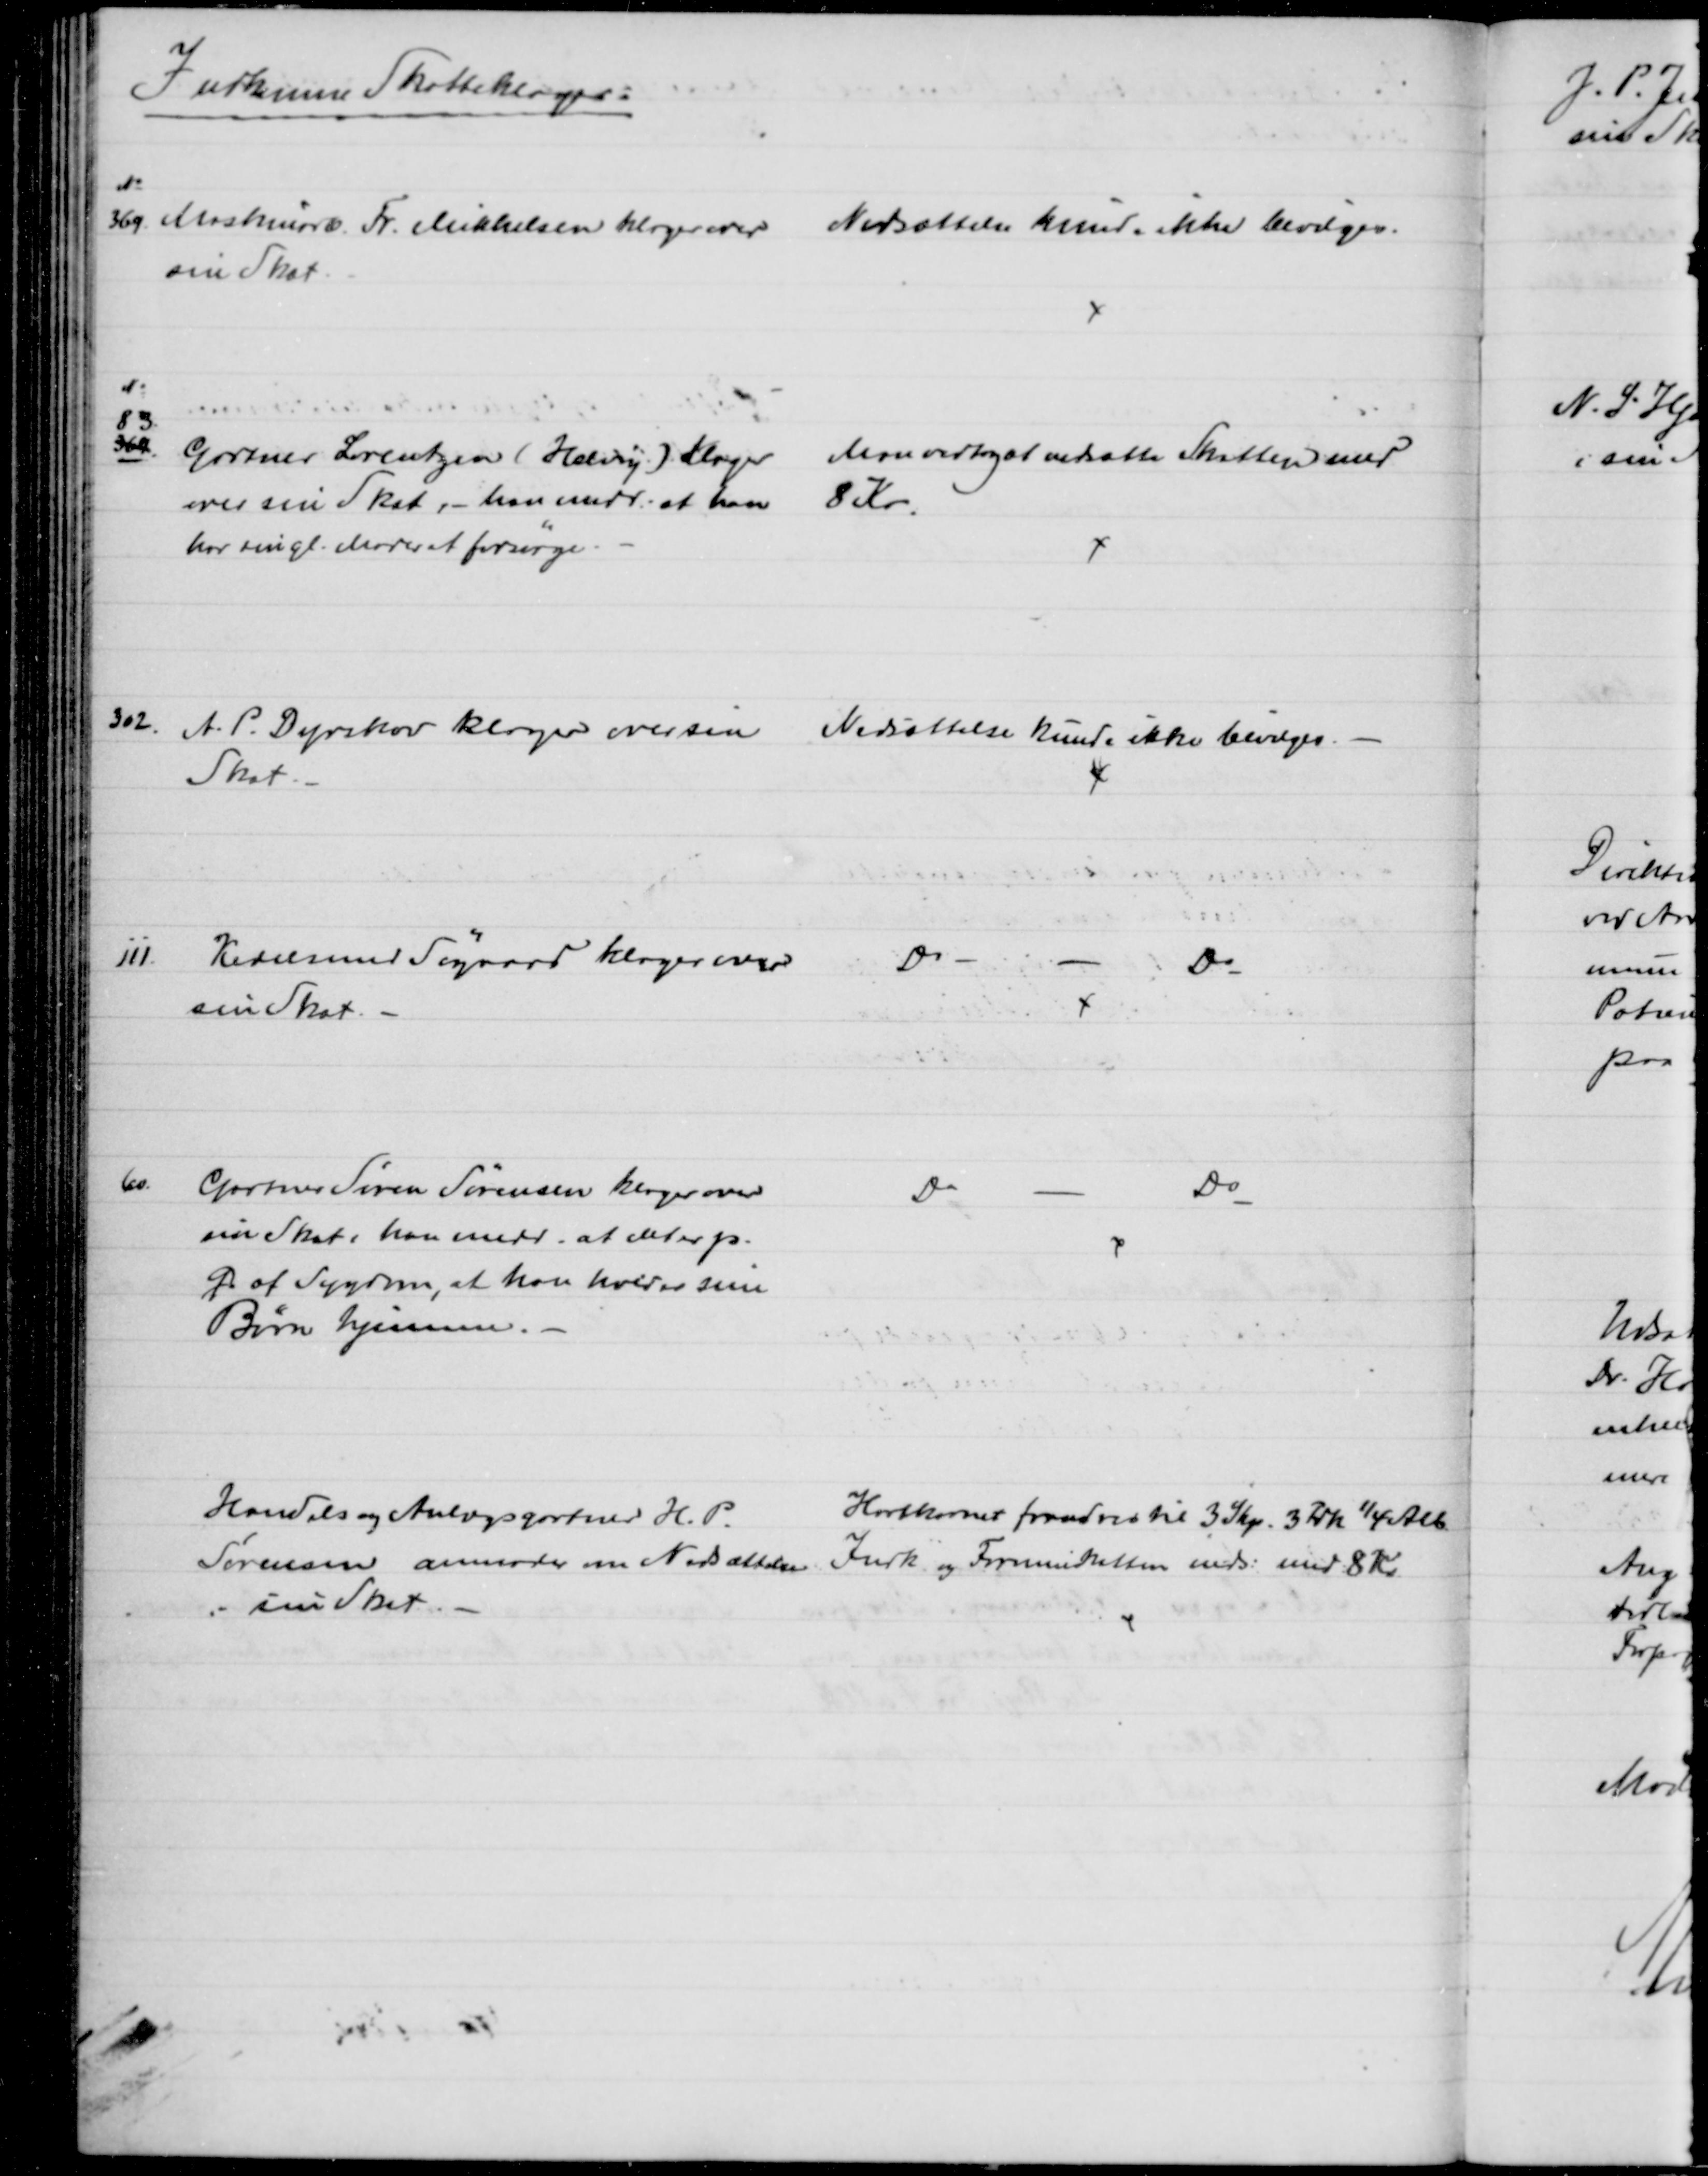
Transskription:
Indkomne Skatteklager:
№
369 Maskinarb. Fr. Mikkelsen klager over 
sin Skat
Nedsættelse kunde ikke bevilges.
№
83
369
Gartner Lorentzen (Helveg) klager
over sin Skat, - han medd. at han
har sin gl. Moder at forsørge
Man vedtog at nedsætte Skatten med
8 Kr
302.
A. P. Dyrskov klager over sin 
Skat
Nedsættelse kunde ikke bevilges.
111.
Kedelsmed Søgaard klager over
sin Skat. 
Do
Do
60.
Gartner Søren Sørensen klager over
sin Skat, han medd. at det er p.
G. af Sygdom, at han holder sine
Børn hjemme.
Do
Do
Handels og Anlægsgartner H. P.
Sørensen anmoder om Nedsættelse
i sin Skat.
Hartkornet forandres til 3 Skp. 3 Fdk. ¼ Alb
Indk. og Formueskatten neds. med 8 Kr.